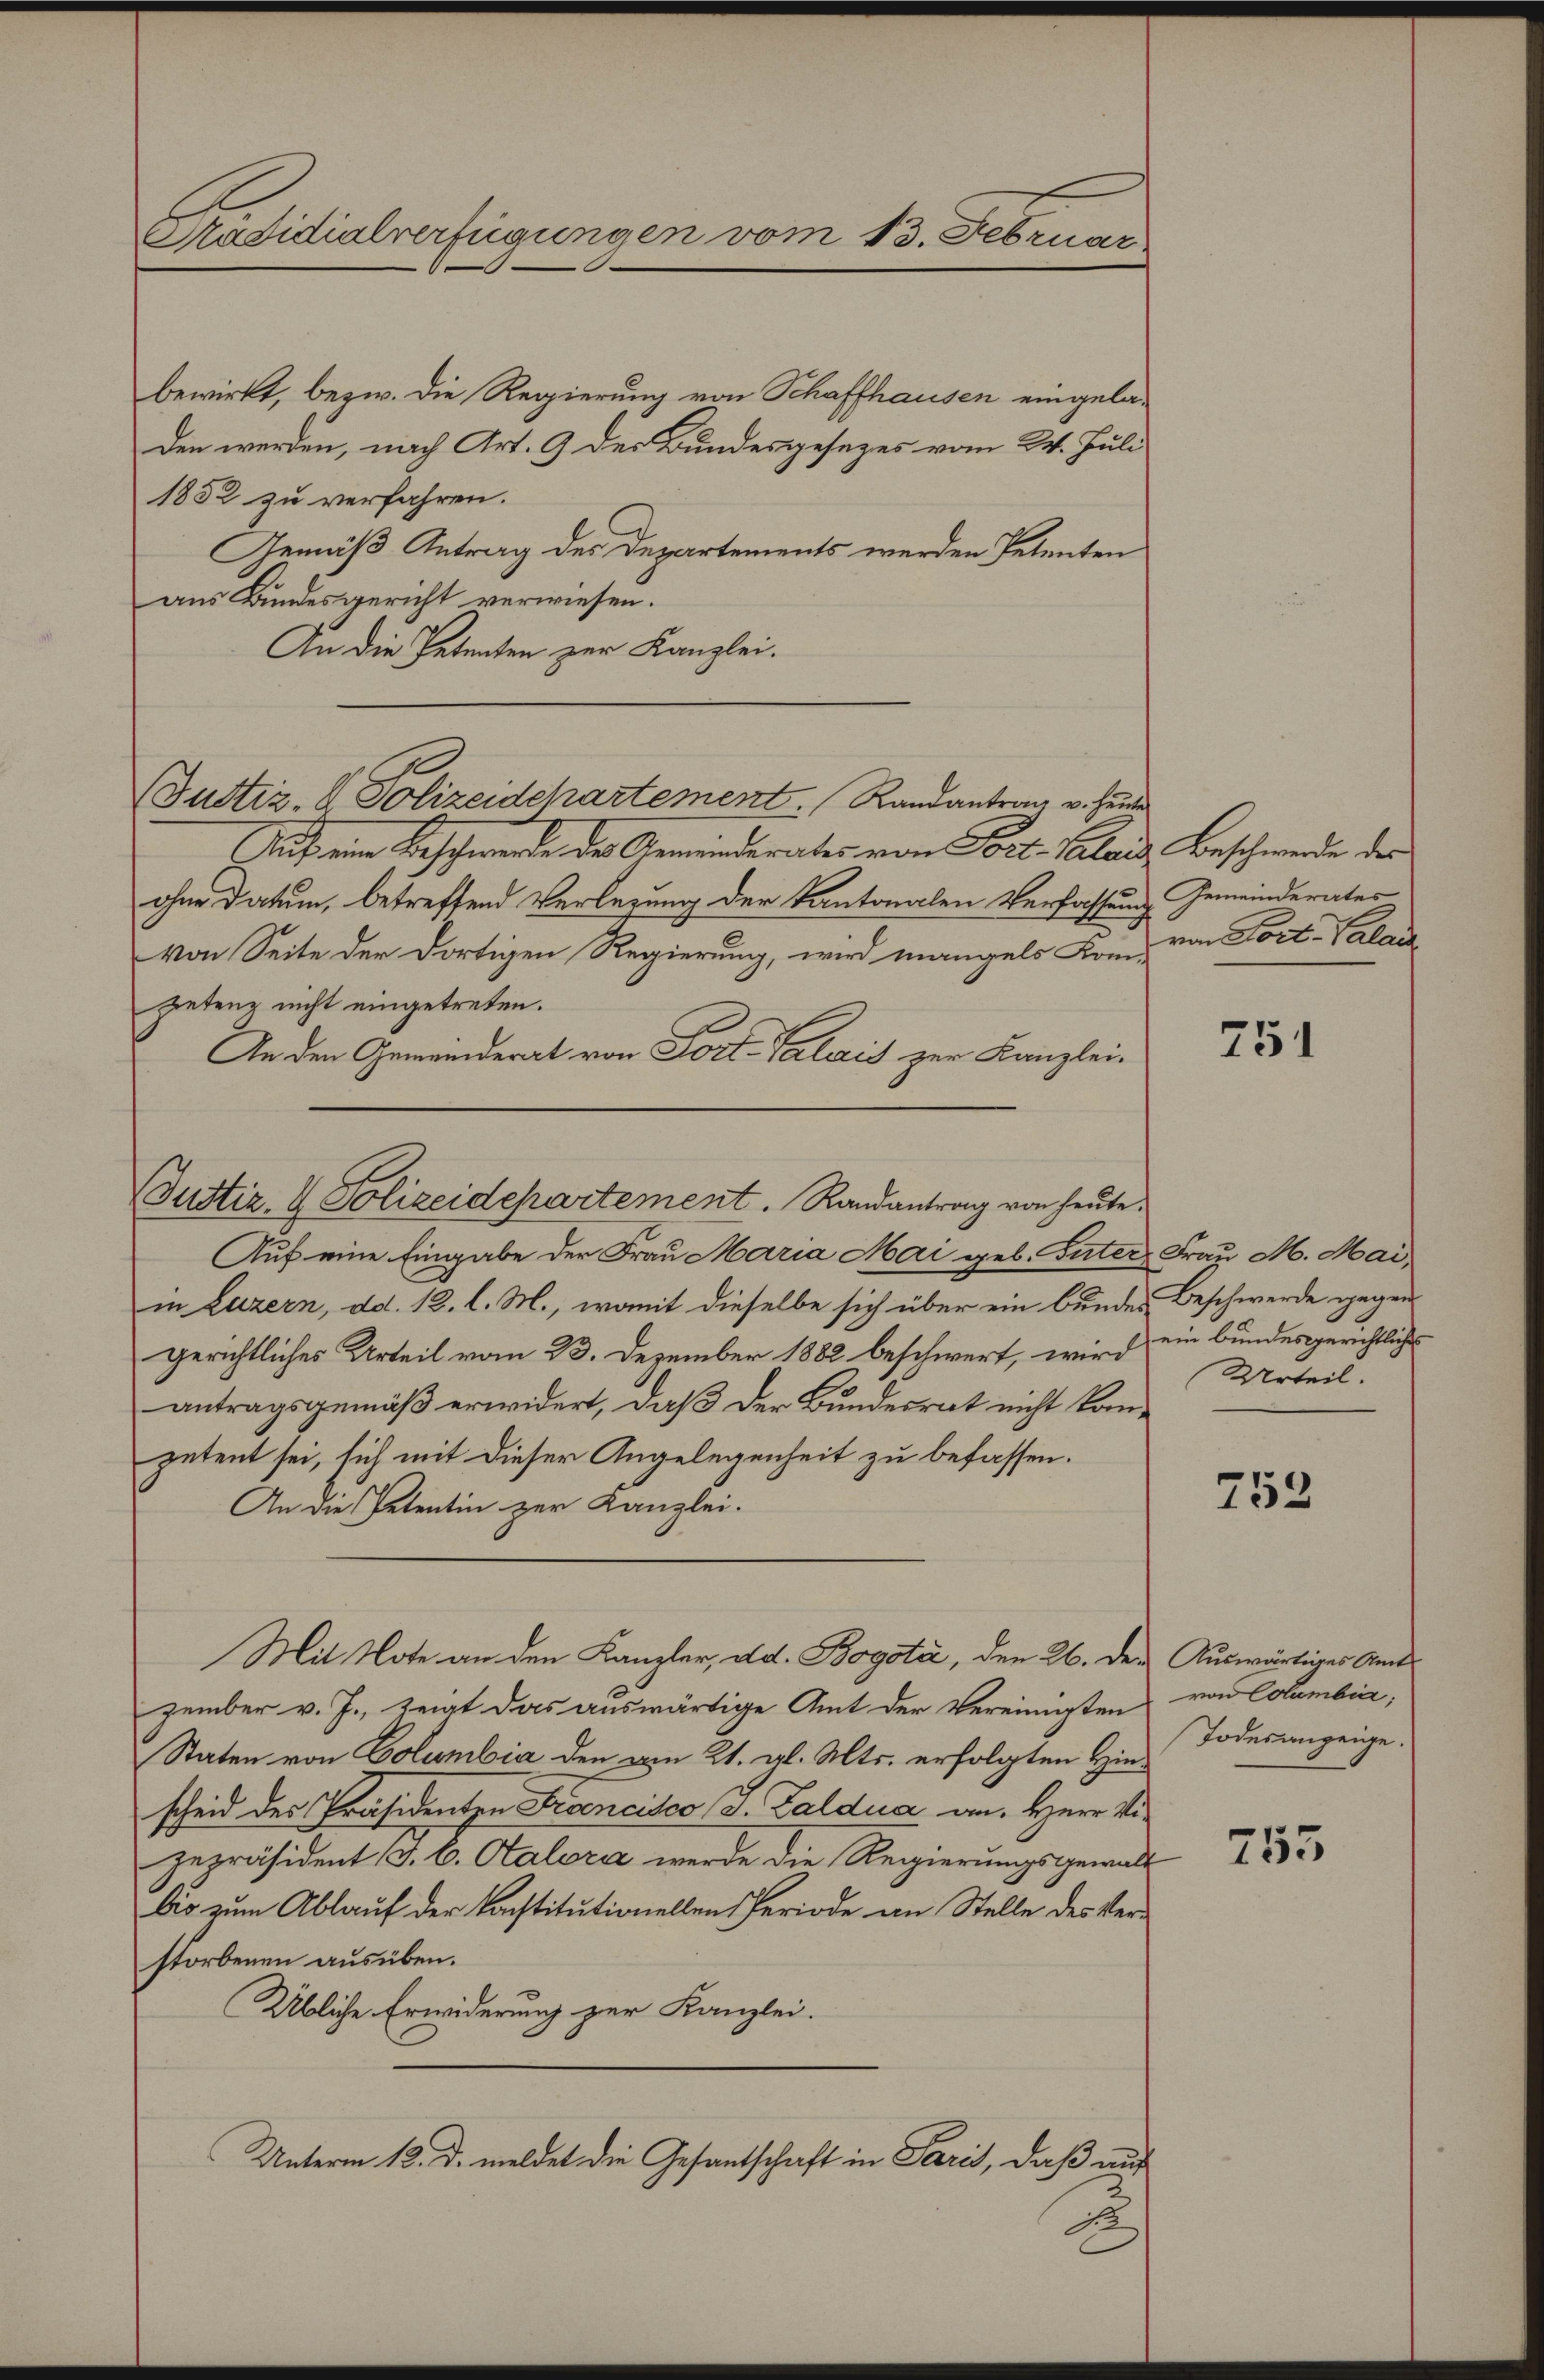
Präsidialverfügungen vom 13. Februar

bewirkt, bezw. die Regierung von Schaffhausen eingeladen werden, nach Art. 9 der Bundesgesezes vom 24. Juli
1852 zu verfahren.
Gemäß Antrag des Departements werden Petenten
aus Bundesgericht verwiesen.
An die Petenten zur Kanzlei.
Justiz- & Polizeidchartement. Randantrag v. Heute
Auf eine Beschwerde der Gemeinderates von Post. Calais Beschwerde der
ohne Datum, betreffend Verlegung der Kantonalen Verfassung Gemeinderates
von Seite der dortigen Regierung, wird mangels Kom- von Fort-Valan
pietenz nicht eingetreten.
An den Gemeinderat von Fort-Valais zur Kanzlei-

Justiz- & Polizeidepartement. Randantrag von heŭte.

Auf eine Eingabe der Frau Maria Mai geb. Güter Frau M. Maiin Luzern, ad. 12. l. M., womit dieselbe sich über ein bundes Beschwerde gegen
gerichtliches Urteil vom 23. Dezember 1882 beschwert, wird ein bundesgerichtliche
antragsgemäß erwidert, daß der Bundesrat nicht kompetent sei, sich mit dieser Angelegenheit zu befassen.
An die Petentin zur Kanzlei.
zember v. J., zeigt das auswärtige Amt der Vereinigten
Staten von Columbia den vom 21. gl. Mts. erfolgten Hinscheid der Präsidenten Francisco J. Zaldua an. Herr Vigepräsident (d. b. Atalora werde die Regierungsgewalt
bis zum Ablauf der Konstitutionellen Periode an Stelle des Verstorbenen ausüben.
Übliche Erwiderung zur Kanzlei.
Unterm 12. d. meldet die Gesantschaft in Paris, daß auf
1

Mit Note an den Kanzler, dd. Bogota, den 26. der Auswärtiges Amt

751

Urteil.

752

von Columbia;
Todesanzeige.

755